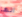
انها